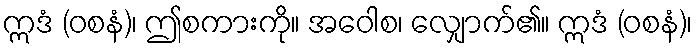
ဣဒံ (ဝစနံ)၊ ဤစကားကို။ အဝေါစ၊ လျှောက်၏။ ဣဒံ (ဝစနံ)၊